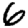
Digit: 6